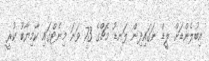
އިބުލެންޑަށް ލީޑް ނަގައިދިން ލަނޑު މެޗްގެ 73 ވަނަ މިނެޓްގައި ކާމިޔާބު ކުރީ